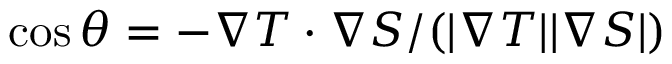
\cos { \theta } = - \nabla T \cdot \nabla S / ( | \nabla T | | \nabla S | )